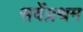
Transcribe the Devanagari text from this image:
सर्वेप्रथम